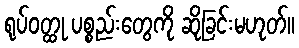
ရုပ်ဝတ္ထု ပစ္စည်းတွေကို ဆိုခြင်းမဟုတ်။